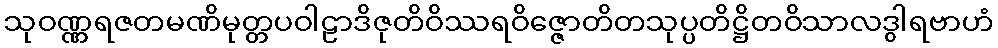
သုဝဏ္ဏရဇတမဏိမုတ္တပဝါဠာဒိဇုတိဝိဿရဝိဇ္ဇောတိတသုပ္ပတိဋ္ဌိတဝိသာလဒွါရဗာဟံ